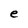
Character: e